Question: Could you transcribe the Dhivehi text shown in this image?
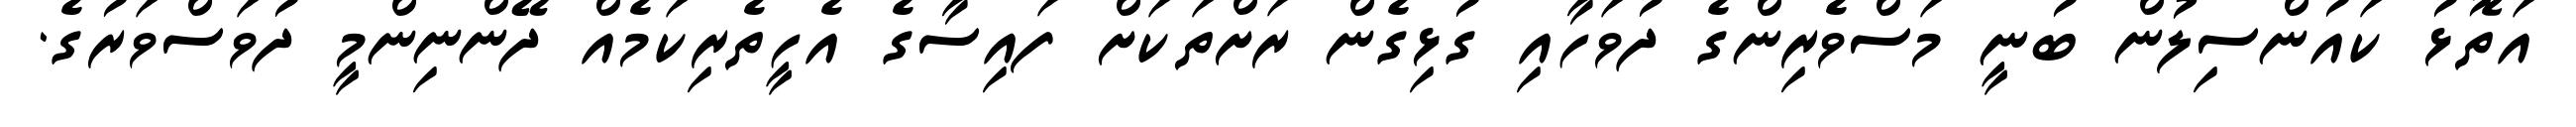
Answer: އަތޮޅު ކައުންސިލުން ބުނީ މަސްވެރިންގެ ދުވަހާއި ގުޅިގެން ރަށްތަކަށް ފައިސާގެ އެހީތެރިކަމެއް ދޭންނިންމީ ދުވަސްވަރުގެ.